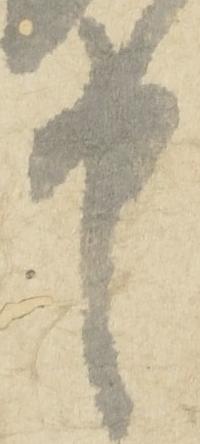
申